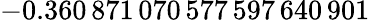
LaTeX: -0.360\, 871\, 070\, 577\, 597\, 640\, 901